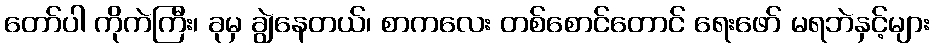
တော်ပါ ကိုကဲကြီး၊ ခုမှ ချွဲနေတယ်၊ စာကလေး တစ်စောင်တောင် ရေးဖော် မရဘဲနှင့်များ